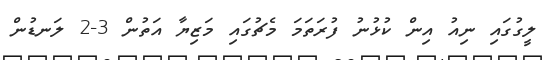
ލީގުގައި ނިއު އިން ކުޅުނު ފުރަތަމަ މެޗުގައި މަޒިޔާ އަތުން 3-2 ލަނޑުން